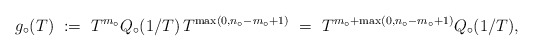
\begin{align*} g_{\circ}(T) \ := \ T^{m_\circ} Q_\circ(1/T) \, T^{\max(0,n_\circ-m_\circ+1)} \ = \ T^{m_\circ+\max(0,n_\circ-m_\circ+1)} Q_{\circ}(1/T),\end{align*}